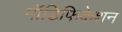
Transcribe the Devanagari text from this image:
मॉडिफिकेशन